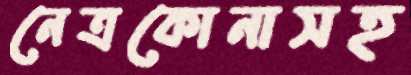
নেত্রকোনাসহ